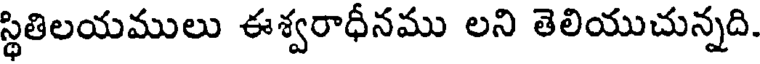
స్థితిలయములు ఈశ్వరాధీనము లని తెలియుచున్నది.